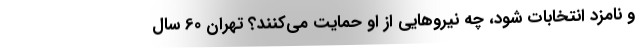
و نامزد انتخابات شود، چه نیروهایی از او حمایت می‌کنند؟ تهران 60 سال